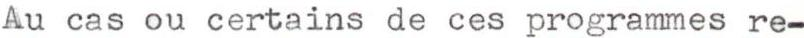
Au cas ou certains de ces programmes re-